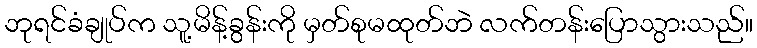
ဘုရင်ခံချုပ်က သူ့မိန့်ခွန်းကို မှတ်စုမထုတ်ဘဲ လက်တန်းပြောသွားသည်။